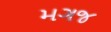
મગજ